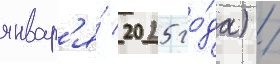
январ'я́ 2025 го́да) /